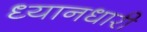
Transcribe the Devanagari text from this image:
ध्यानधारी